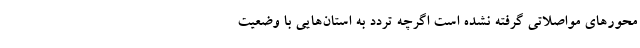
محورهای مواصلاتی گرفته نشده است اگرچه تردد به استان‌هایی با وضعیت